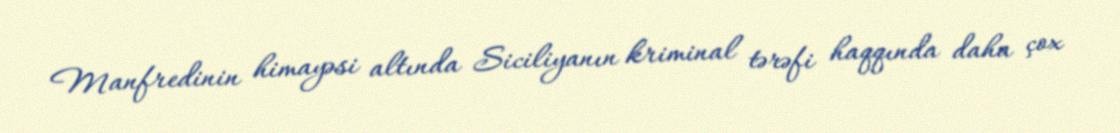
Manfredinin himayəsi altında Siciliyanın kriminal tərəfi haqqında daha çox